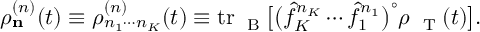
\rho _ { \bf n } ^ { ( n ) } ( t ) \equiv \rho _ { n _ { 1 } \cdots n _ { K } } ^ { ( n ) } ( t ) \equiv \mathrm { t r } _ { \mathrm { ~ \tiny ~ B ~ } } \big [ \big ( \hat { f } _ { K } ^ { n _ { K } } \cdots \hat { f } _ { 1 } ^ { n _ { 1 } } \big ) ^ { \circ } \rho _ { \mathrm { ~ \tiny ~ T ~ } } ( t ) \big ] .